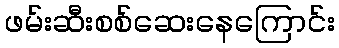
ဖမ်းဆီးစစ်ဆေးနေကြောင်း